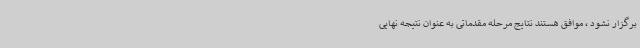
برگزار نشود ، موافق هستند نتایج مرحله مقدماتی به عنوان نتیجه نهایی